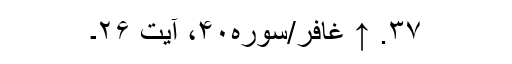
۳۷. ↑ غافر/سوره۴۰، آیت ۲۶۔